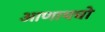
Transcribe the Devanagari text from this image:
आणायचो